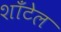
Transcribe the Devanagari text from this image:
शाँटेल